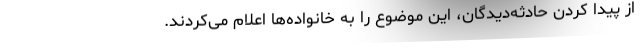
از پیدا کردن حادثه‌دیدگان، این موضوع را به خانواده‌ها اعلام می‌کردند.